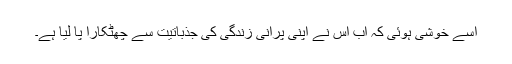
اسے خوشی ہوئی کہ اب اس نے اپنی پرانی زندگی کی جذباتیت سے چھٹکارا پا لیا ہے۔